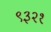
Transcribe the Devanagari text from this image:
९३२१